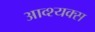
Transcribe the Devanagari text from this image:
आव्श्यक्स